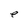
Character: e